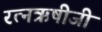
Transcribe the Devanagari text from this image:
रत्नऋषीजी